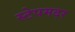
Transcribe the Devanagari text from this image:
स्टेपमदर